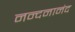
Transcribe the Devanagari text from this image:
नन्दनानंद